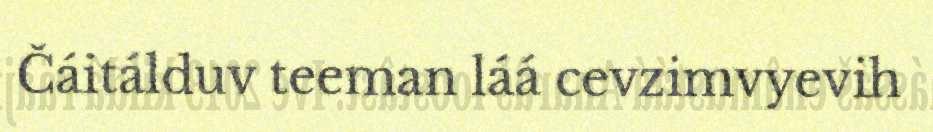
Čáitálduv teeman láá cevzimvyevih